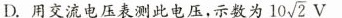
D.用交流电压表测此电压，示数为 10 \sqrt{2}V